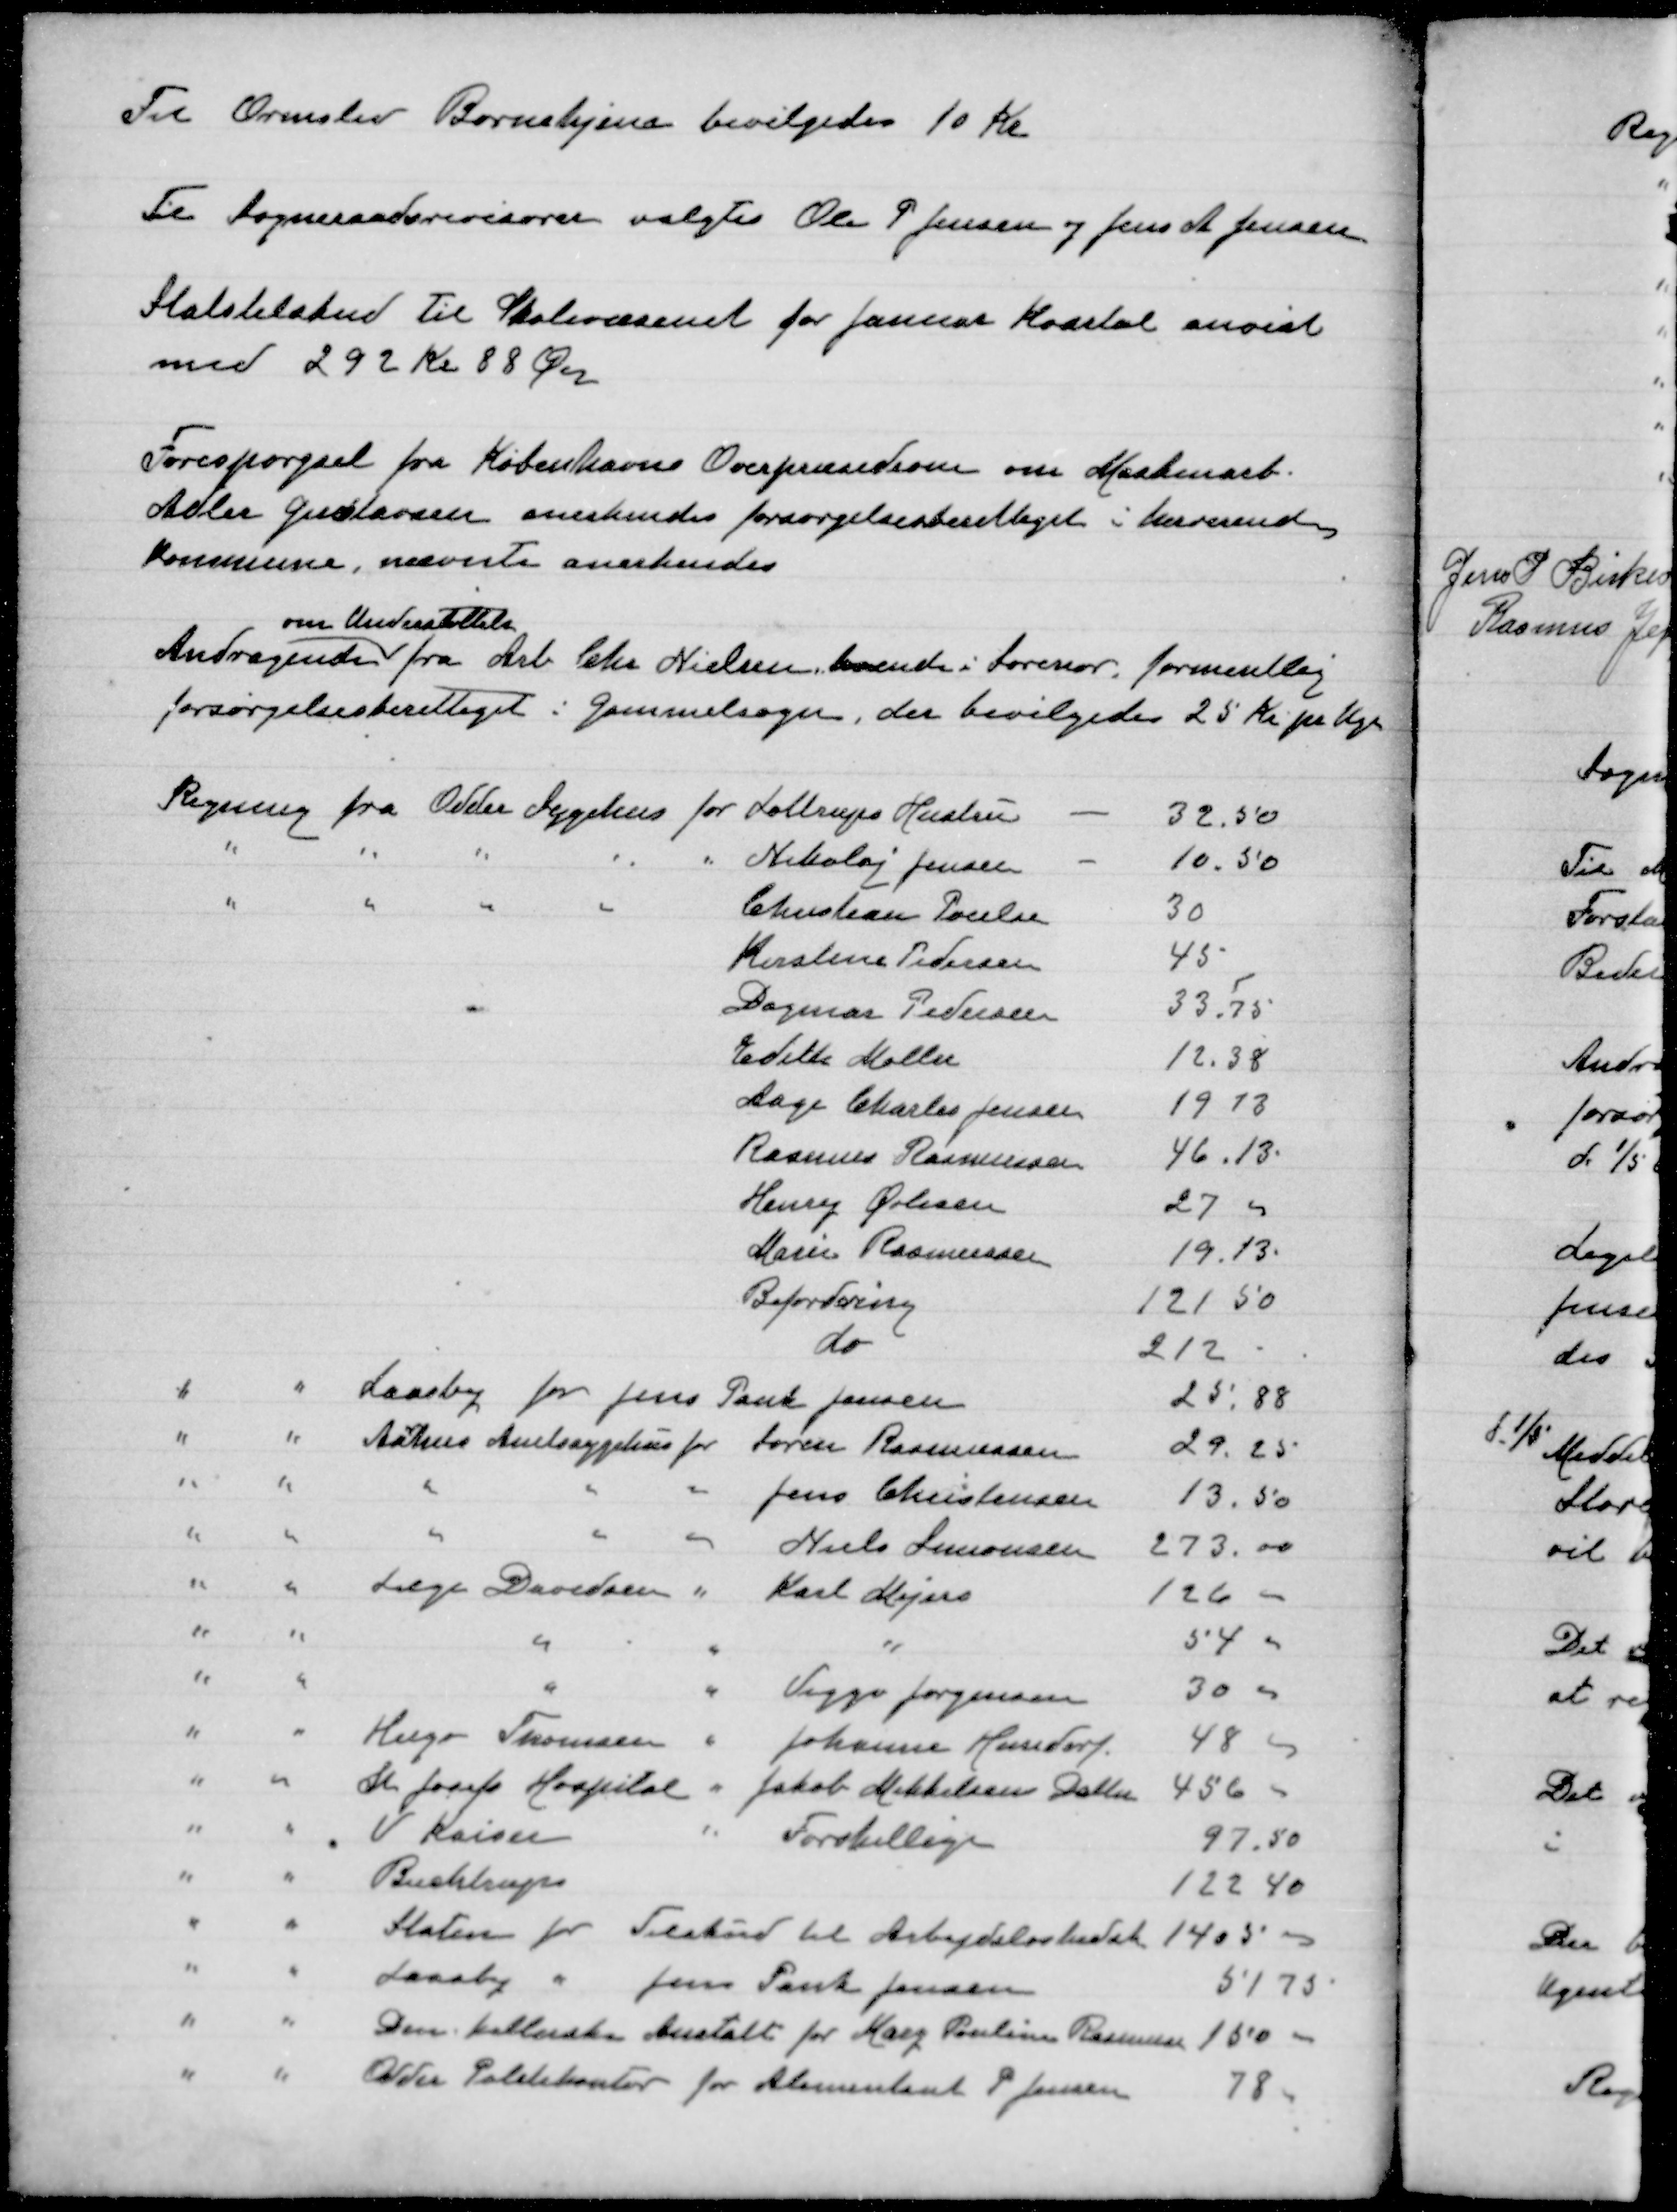
Transskription:
Til Ormslev Børnehjem bevilgedes 10 Kr

Til sogneraadsrevisorer valgtes Ole P Jensen og Jens A Jensen

Statstilskud til Skolevæsenet for Januar Kvartal anvist
med 292 kr 88 Øre

Forespørgsel fra Københavns Overpræsideum om Maskinarb.
Aller Guslavsen anerkendes forsørgelsesberettiget i herverende
Kommune, nævnte anerkendes

Andragende
om Understøttelse
fra Arb Chr Nielsen boende i Sorenor formentlig
forsørgelsesberettiget i Gammelsogn, der bevilgedes 25 Kr pr Uge